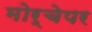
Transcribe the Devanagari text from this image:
मोर्चेपर